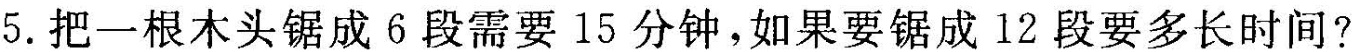
5.把一根木头锯成6段需要15分钟，如果要锯成12段要多长时间？